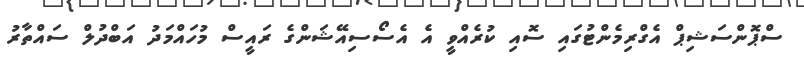
ސްޕޮންސަޝިޕް އެގްރިމެންޓުގައި ސޮއި ކުރެއްވީ އެ އެސޯސިއޭޝަންގެ ރައީސް މުހައްމަދު އަބްދުލް ސައްތާރު